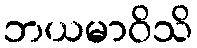
ဘယမာဝိသိ